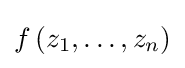
f\left(z_{1},\ldots ,z_{n}\right)